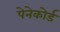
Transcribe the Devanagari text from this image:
पेनेकोर्ड